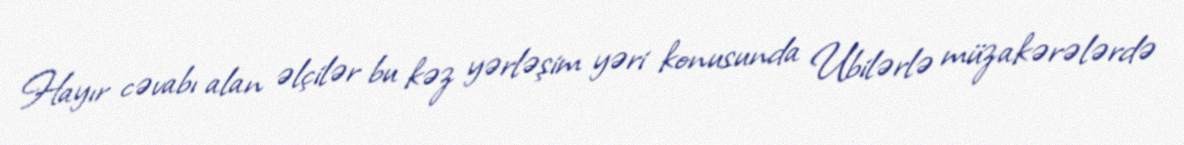
Hayır cəvabı alan əlçilər bu kəz yərləşim yəri konusunda Ubilərlə müzakərələrdə